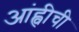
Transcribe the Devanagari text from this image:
आंह्वीची